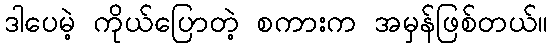
ဒါပေမဲ့ ကိုယ်ပြောတဲ့ စကားက အမှန်ဖြစ်တယ်။